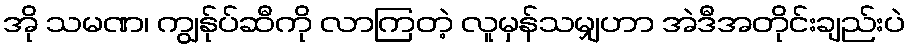
အို သမဏ၊ ကျွန်ုပ်ဆီကို လာကြတဲ့ လူမှန်သမျှဟာ အဲဒီအတိုင်းချည်းပဲ